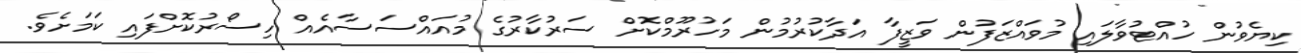
ކިޔެވުން ހުއްޓުވާލައި މުވައްޒަފުން ވަޒީފާ އަދާކުރުމުން މަހުރޫމްކޮށް ސަރުކާރުގެ މުއައްސަސާއެއް ހިސޯރުކޮށްފައި ކަމަށެވެ.